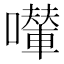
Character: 𱕗